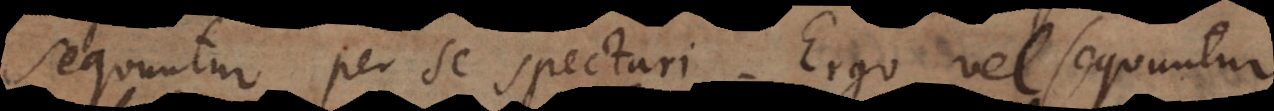
sequuntur per se spectari. Ergo vel sequuntur,